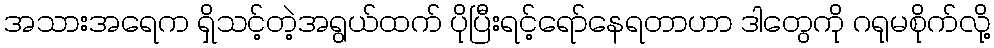
အသားအရေက ရှိသင့်တဲ့အရွယ်ထက် ပိုပြီးရင့်ရော်နေရတာဟာ ဒါတွေကို ဂရုမစိုက်လို့